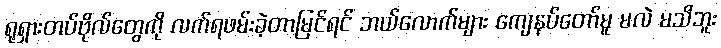
ရုရှားတပ်ဗိုလ်တွေကို လက်ရဖမ်းခဲ့တာမြင်ရင် ဘယ်လောက်များ ကျေနပ်တော်မူ မလဲ မသိဘူး